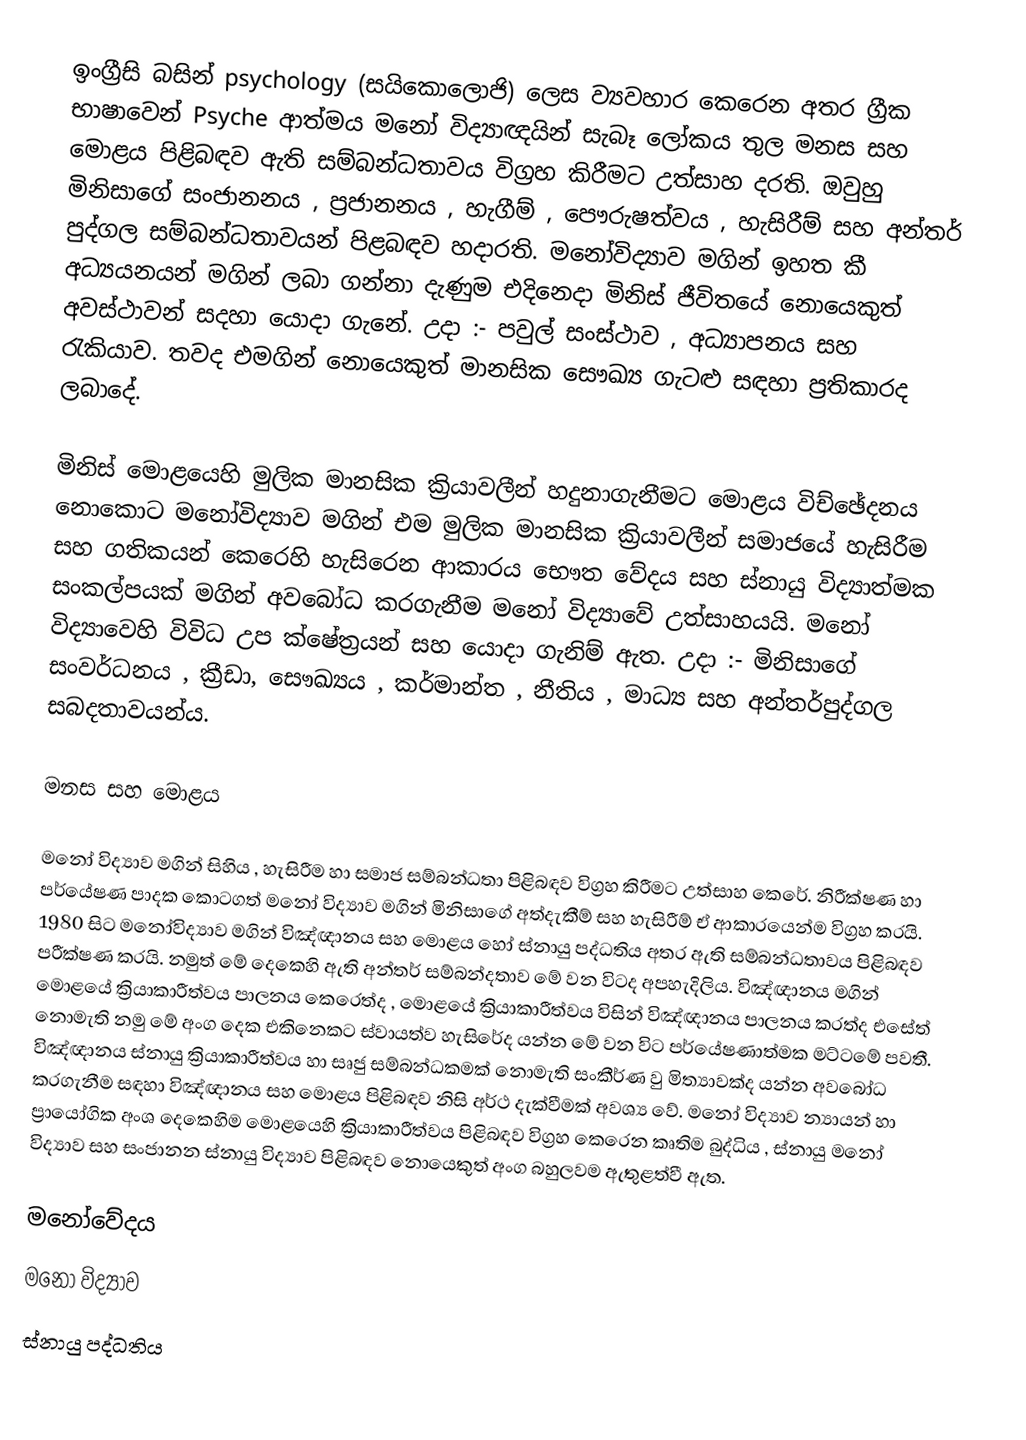
ඉංග්‍රීසි බසින් psychology (සයිකොලොජි) ලෙස ව්‍යවහාර කෙරෙන අතර ග්‍රීක භාෂාවෙන් Psyche ආත්මය මනෝ විද්‍යාඥයින් සැබෑ ලෝකය තුල මනස සහ මොළය පිළිබඳව ඇති සම්බන්ධතාවය විග්‍රහ කිරීමට උත්සාහ දරති. ඔවුහු මිනිසාගේ සංජානනය , ප්‍රජානනය , හැගීම් , පෞරුෂත්වය , හැසිරීම් සහ අන්තර් පුද්ගල සම්බන්ධතාවයන් පිළබඳව හදාරති. මනෝවිද්‍යාව මගින් ඉහත කී අධ්‍යයනයන් මගින් ලබා ගන්නා දැණුම එදිනෙදා මිනිස් ජීවිතයේ නොයෙකුත් අවස්ථාවන් සදහා යොදා ගැනේ. උදා :- පවුල් සංස්ථාව , අධ්‍යාපනය සහ රැකියාව. තවද එමගින් නොයෙකුත් මානසික සෞඛ්‍ය ගැටළු සඳහා ප්‍රතිකාරද ලබාදේ.

මිනිස් මොළයෙහි මුලික මානසික ක්‍රියාවලීන් හදුනාගැනීමට මොළය විච්ඡේදනය නොකොට මනෝවිද්‍යාව මගින් එම මුලික මානසික ක්‍රියාවලීන් සමාජයේ හැසිරීම සහ ගතිකයන් කෙරෙහි හැසිරෙන ආකාරය භෞත වේදය සහ ස්නායු විද්‍යාත්මක සංකල්පයක් මගින් අවබෝධ කරගැනීම මනෝ විද්‍යාවේ උත්සාහයයි. මනෝ විද්‍යාවෙහි විවිධ උප ක්ෂේත්‍රයන් සහ යොදා ගැනිම් ඇත. උදා :- මිනිසාගේ සංවර්ධනය , ක්‍රීඩා, සෞඛ්‍යය , කර්මාන්ත , නීතිය , මාධ්‍ය සහ අන්තර්පුද්ගල සබදතාවයන්ය.

මනස සහ මොළය

‍මනෝ විද්‍යාව මගින් සිහිය , හැසිරීම හා සමාජ සම්බන්ධතා පිළිබඳව විග්‍රහ කිරීමට උත්සාහ කෙරේ. නිරීක්ෂණ හා පර්යේෂණ පාදක කොටගත් මනෝ විද්‍යාව මගින් මිනිසාගේ අත්දැකීම් සහ හැසිරීම් ඒ ආකාරයෙන්ම විග්‍රහ කරයි. 1980 සිට මනෝවිද්‍යාව මගින් විඤ්ඥානය සහ මොළය හෝ ස්නායු පද්ධතිය අතර ඇති සම්බන්ධතාවය පිළිබඳව පරීක්ෂණ කරයි. නමුත් මේ දෙකෙහි ඇති අන්තර් සම්බන්දතාව මේ වන විටද අපහැදිලිය. විඤ්ඥානය මගින් මොළයේ ක්‍රියාකාරීත්වය පාලනය කෙරෙත්ද , මොළයේ ක්‍රියාකාරීත්වය විසින් විඤ්ඥානය පාලනය කරත්ද එසේත් නොමැති නමු මේ අංග දෙක එකිනෙකට ස්වායත්ව හැසිරේද යන්න මේ වන විට පර්යේෂණාත්මක මට්ටමේ පවතී. විඤ්ඥානය ස්නායු ක්‍රියාකාරීත්වය හා සෘජු සම්බන්ධකමක් නොමැති සංකීර්ණ වු මිත්‍යාවක්ද යන්න අවබෝධ කරගැනීම සඳහා විඤ්ඥානය සහ මොළය පිළිබඳව නිසි අර්ථ දැක්වීමක් අවශ්‍ය වේ. මනෝ විද්‍යාව න්‍යායන් හා ප්‍රායෝගික අංශ දෙකෙහිම මොළයෙහි ක්‍රියාකාරීත්වය පිළිබඳව විග්‍රහ කෙරෙන කෘතිම බුද්ධිය , ස්නායු ‍මනෝ විද්‍යාව සහ සංජානන ස්නායු විද්‍යාව පිළිබඳව නොයෙකුත් අංග බහුලවම ඇතුළත්වී ඇත.

මනෝවේදය
මනෝ විද්‍යාව
ස්නායු පද්ධතිය